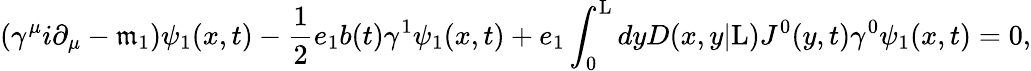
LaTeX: ({\gamma}^{\mu}i{\partial}_{\mu}-\mathfrak{m}_{1}){\psi}_{1}(x,t)-\frac{{1}}{{2}}e_{1}b(t){\gamma}^{1}{\psi}_{1}(x,t)+e_{1}\int_{0}^{\mathrm{{L}}}dyD(x,y|\mathrm{{L}})J^{0}(y,t){\gamma}^{0}{\psi}_{1}(x,t)=0,